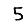
Digit: 5